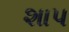
શાપ